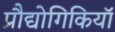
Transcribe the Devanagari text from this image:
प्रौद्योगिकियॉ